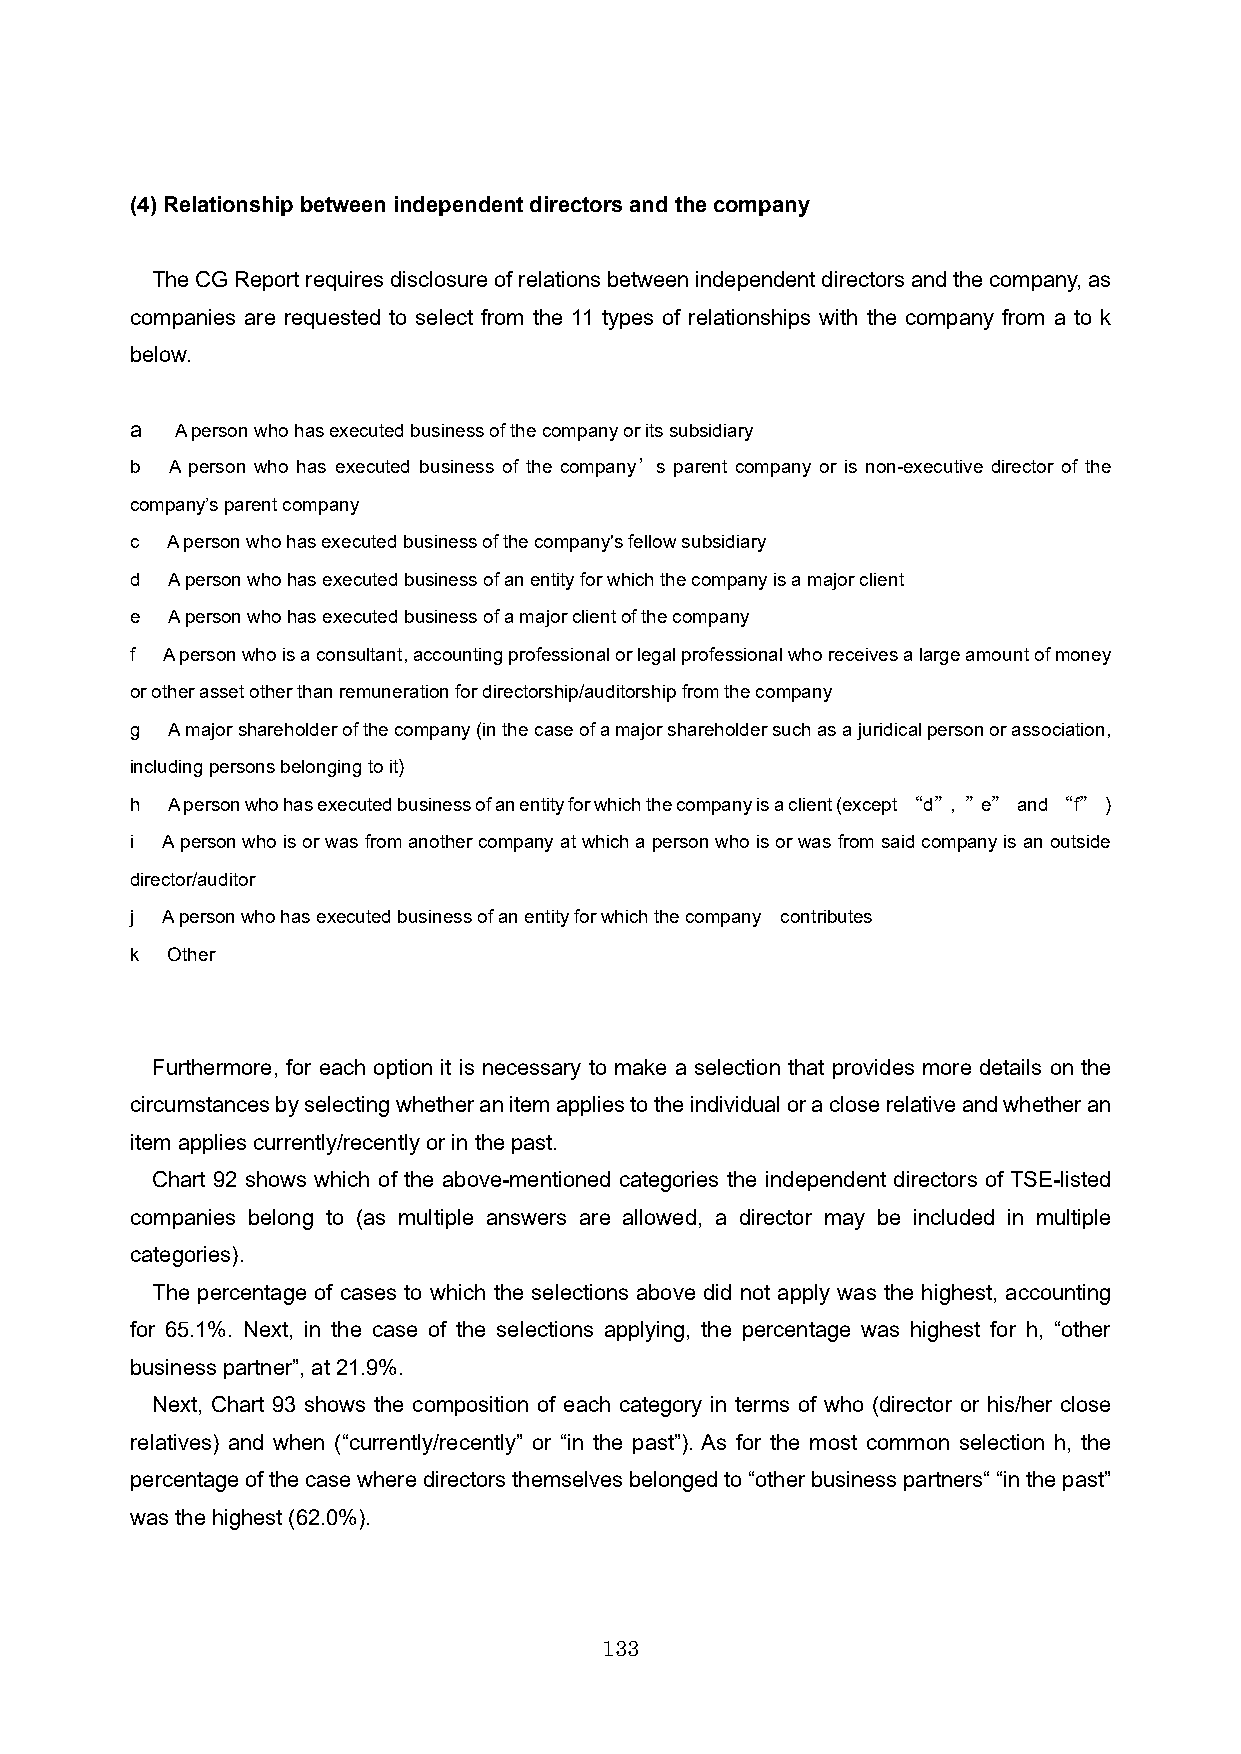
(4) Relationship between independent directors and the company
 The CG Report requires disclosure of relations between independent directors and the company, as
 companies are requested to select from the 11 types of relationships with the company from a to k
 below.
 a  A person who has executed business of the company or its subsidiary
 b A person who has executed business of the company’s parent company or is non-executive director of the
 company’s parent company
 c A person who has executed business of the company's fellow subsidiary
 d A person who has executed business of an entity for which the company is a major client
 e A person who has executed business of a major client of the company
 f A person who is a consultant, accounting professional or legal professional who receives a large amount of money
 or other asset other than remuneration for directorship/auditorship from the company
 g A major shareholder of the company (in the case of a major shareholder such as a juridical person or association,
 including persons belonging to it)
 h A person who has executed business of an entity for which the company is a client (except “d”, ”e” and “f” )
 i A person who is or was from another company at which a person who is or was from said company is an outside
 director/auditor
 j A person who has executed business of an entity for which the company contributes
 k Other
 Furthermore, for each option it is necessary to make a selection that provides more details on the
 circumstances by selecting whether an item applies to the individual or a close relative and whether an
 item applies currently/recently or in the past.
 Chart 92 shows which of the above-mentioned categories the independent directors of TSE-listed
 companies belong to (as multiple answers are allowed, a director may be included in multiple
 categories).
 The percentage of cases to which the selections above did not apply was the highest, accounting
 for 65.1%. Next, in the case of the selections applying, the percentage was highest for h, “other
 business partner”, at 21.9%.
 Next, Chart 93 shows the composition of each category in terms of who (director or his/her close
 relatives) and when (“currently/recently” or “in the past”). As for the most common selection h, the
 percentage of the case where directors themselves belonged to “other business partners“ “in the past”
 was the highest (62.0%).
 133